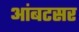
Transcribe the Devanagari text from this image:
आंबटसर